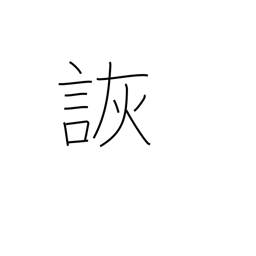
Meaning: jest